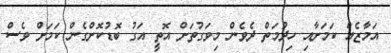
އަމާޒެއް ކަމަށާއި ހިދުމަތް ދެވެން މިވަގުތަށް އޮތީ އަގު ބޮޑުކޮށްގެން ކަމަށް ވެސް